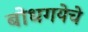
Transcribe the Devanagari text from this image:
बोधगयेचे